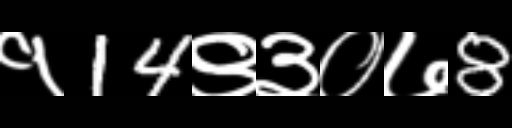
Text: १14९३०७8